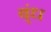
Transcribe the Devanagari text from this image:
ब्ंध